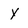
Character: y